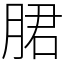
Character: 𬂁